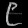
Digit: ၉